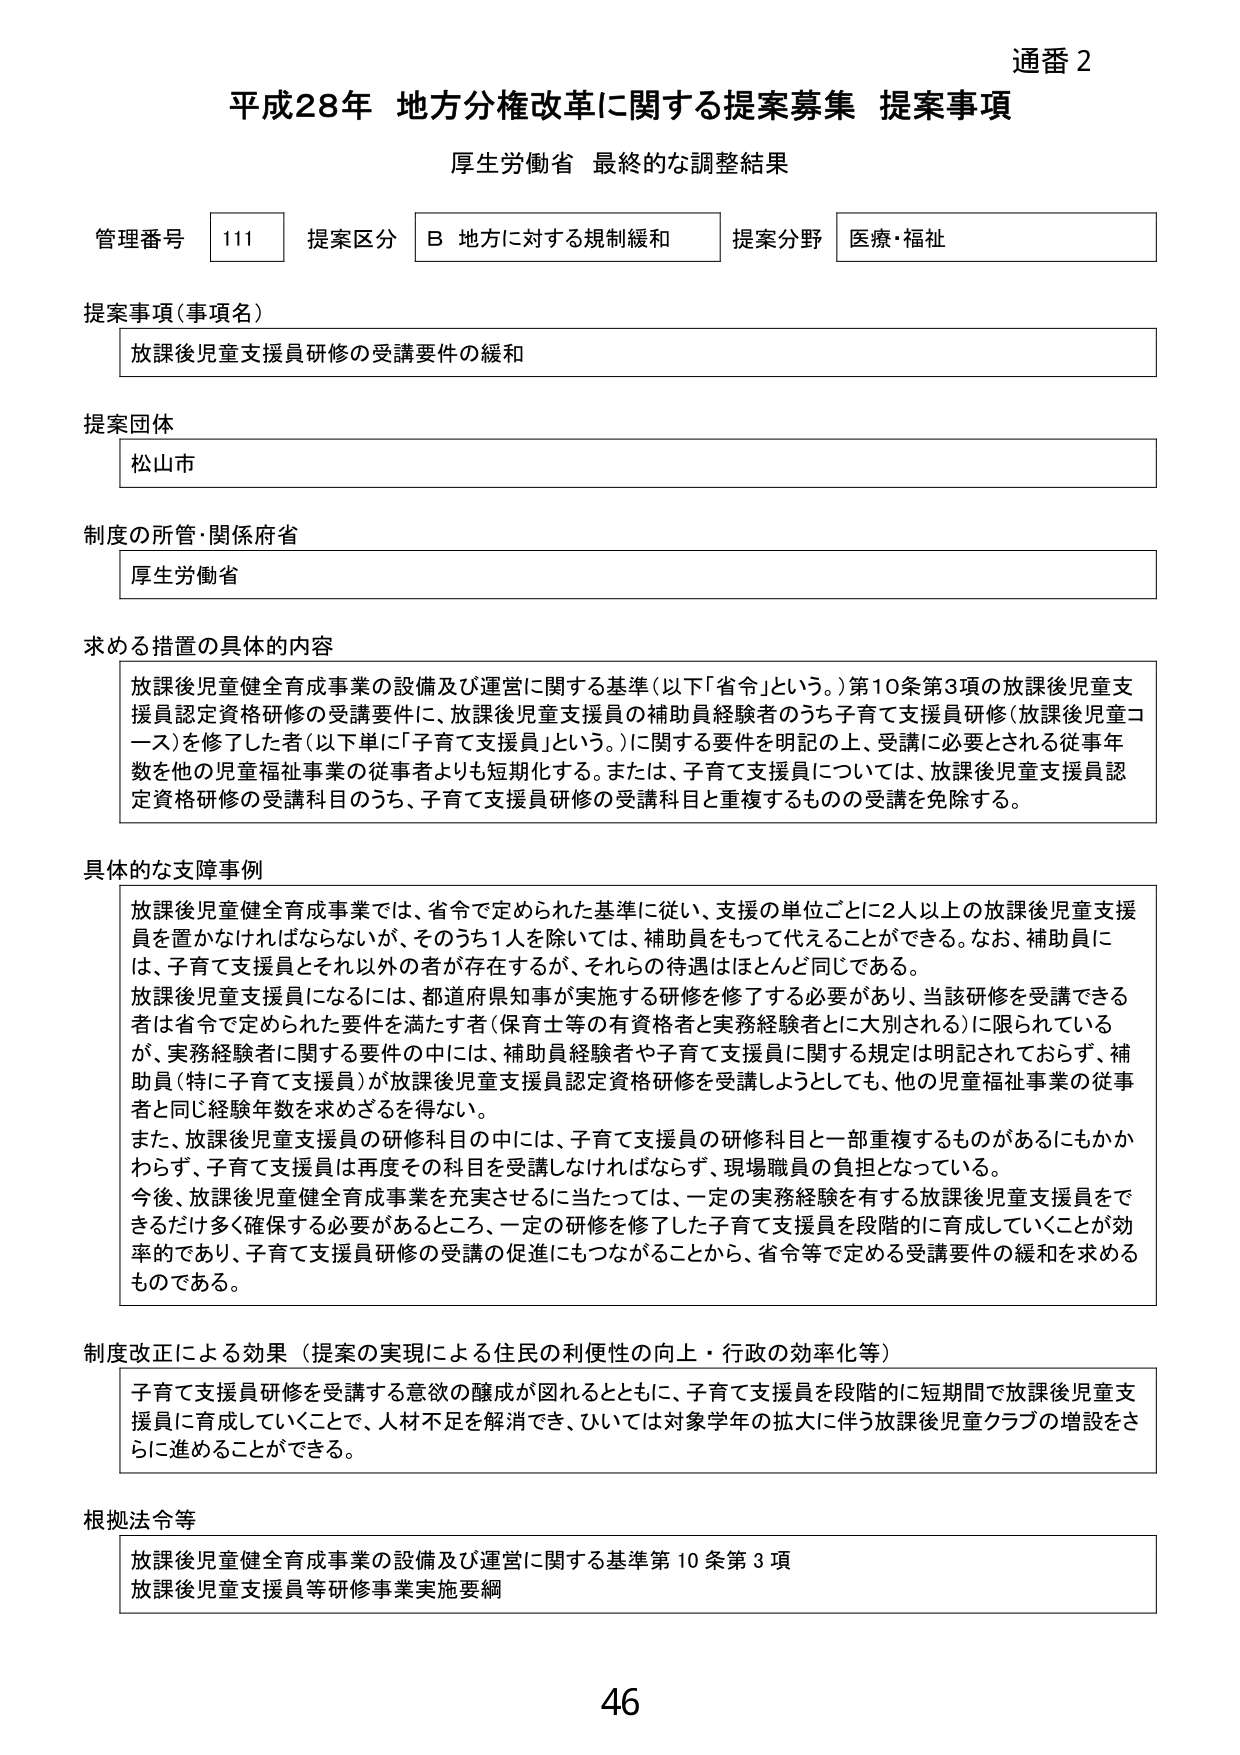
通番 2
平成28年 地方分権改革に関する提案募集 提案事項
厚生労働省 最終的な調整結果

管理番号 111 提案区分 B 地方に対する規制緩和 提案分野 医療・福祉

提案事項（事項名）
放課後児童支援員研修の受講要件の緩和

提案団体
松山市

制度の所管・関係府省
厚生労働省

求める措置の具体的内容
放課後児童健全育成事業の設備及び運営に関する基準（以下「省令」という。）第10条第3項の放課後児童支援員認定資格研修の受講要件に、放課後児童支援員の補助員経験者のうち子育て支援員研修（放課後児童コーチ）を修了した者（以下単に「子育て支援員」という。）に関する要件を明記の上、受講に必要とされる従事年数を他の児童福祉事業の従事者よりも短期化する。または、子育て支援員については、放課後児童支援員認定資格研修の受講科目のうち、子育て支援員研修の受講科目と重複するものの受講を免除する。

具体的な支障事例
放課後児童健全育成事業では、省令で定められた基準に従い、支援の単位ごとに2人以上の放課後児童支援員を置かなければならないが、そのうち1人を除いては、補助員をもって代えることができる。なお、補助員には、子育て支援員とそれ以外の者が存在するが、それらの待遇はほとんど同じである。
放課後児童支援員になるには、都道府県知事が実施する研修を修了する必要があり、当該研修を受講できる者は省令で定められた要件を満たす者（保育士等の有資格者と実務経験者とに大別される）に限られているが、実務経験者に関する要件の中には、補助員経験者や子育て支援員に関する規定は明記されておらず、補助員（特に子育て支援員）が放課後児童支援員認定資格研修を受講しようとしても、他の児童福祉事業の従事者と同じ経験年数を求めざるを得ない。
また、放課後児童支援員の研修科目の中には、子育て支援員の研修科目と一部重複するものがあるにもかかわらず、子育て支援員は再度その科目を受講しなければならず、現場職員の負担となっている。
今後、放課後児童健全育成事業を充実させるに当たっては、一定の実務経験を有する放課後児童支援員をできるだけ多く確保する必要があるところ、一定の研修を修了した子育て支援員を段階的に育成していくことが効率的であり、子育て支援員研修の受講の促進にもつながることから、省令等で定める受講要件の緩和を求めるものである。

制度改正による効果（提案の実現による住民の利便性の向上・行政の効率化等）
子育て支援員研修を受講する意欲の醸成が図れるとともに、子育て支援員を段階的に短期間で放課後児童支援員に育成していくことで、人材不足を解消でき、ひいては対象学年の拡大に伴う放課後児童クラブの増設をさらに進めることができる。

根拠法令等
放課後児童健全育成事業の設備及び運営に関する基準第10条第3項
放課後児童支援員等研修事業実施要綱

46